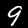
Label: 9